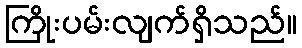
ကြိုးပမ်းလျက်ရှိသည်။